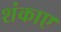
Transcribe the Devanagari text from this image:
शंकाए